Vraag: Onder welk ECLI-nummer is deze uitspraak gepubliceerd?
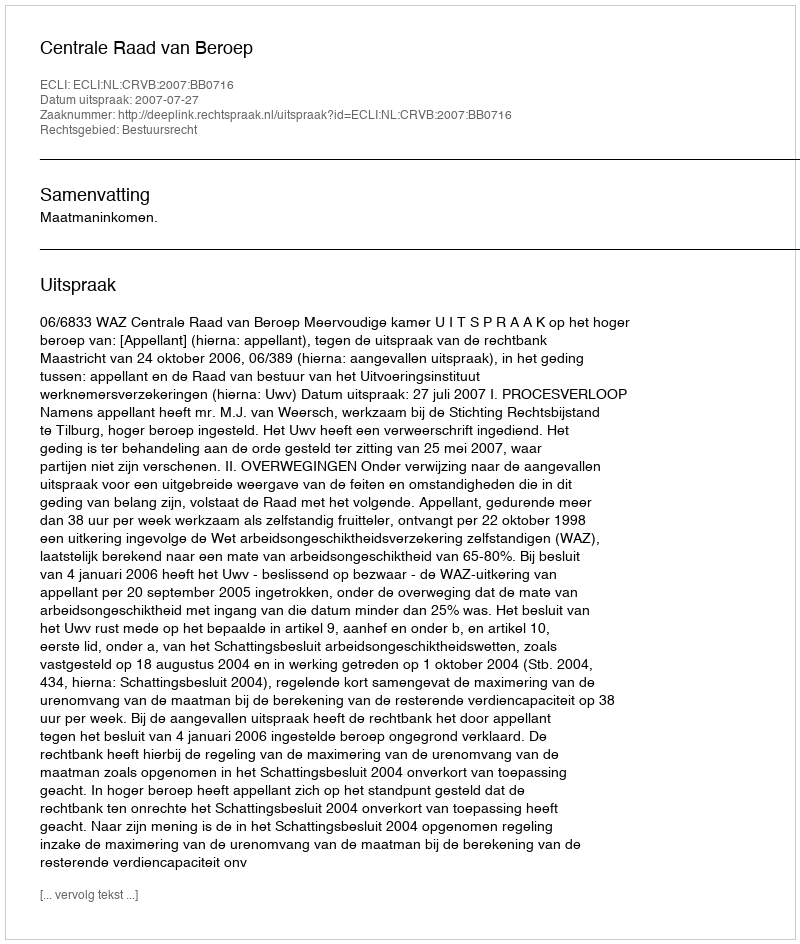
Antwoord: ECLI:NL:CRVB:2007:BB0716